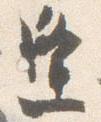
逢